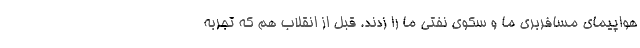
هواپیمای مسافربری ما و سکوی نفتی ما را زدند. قبل از انقلاب هم که تجربه